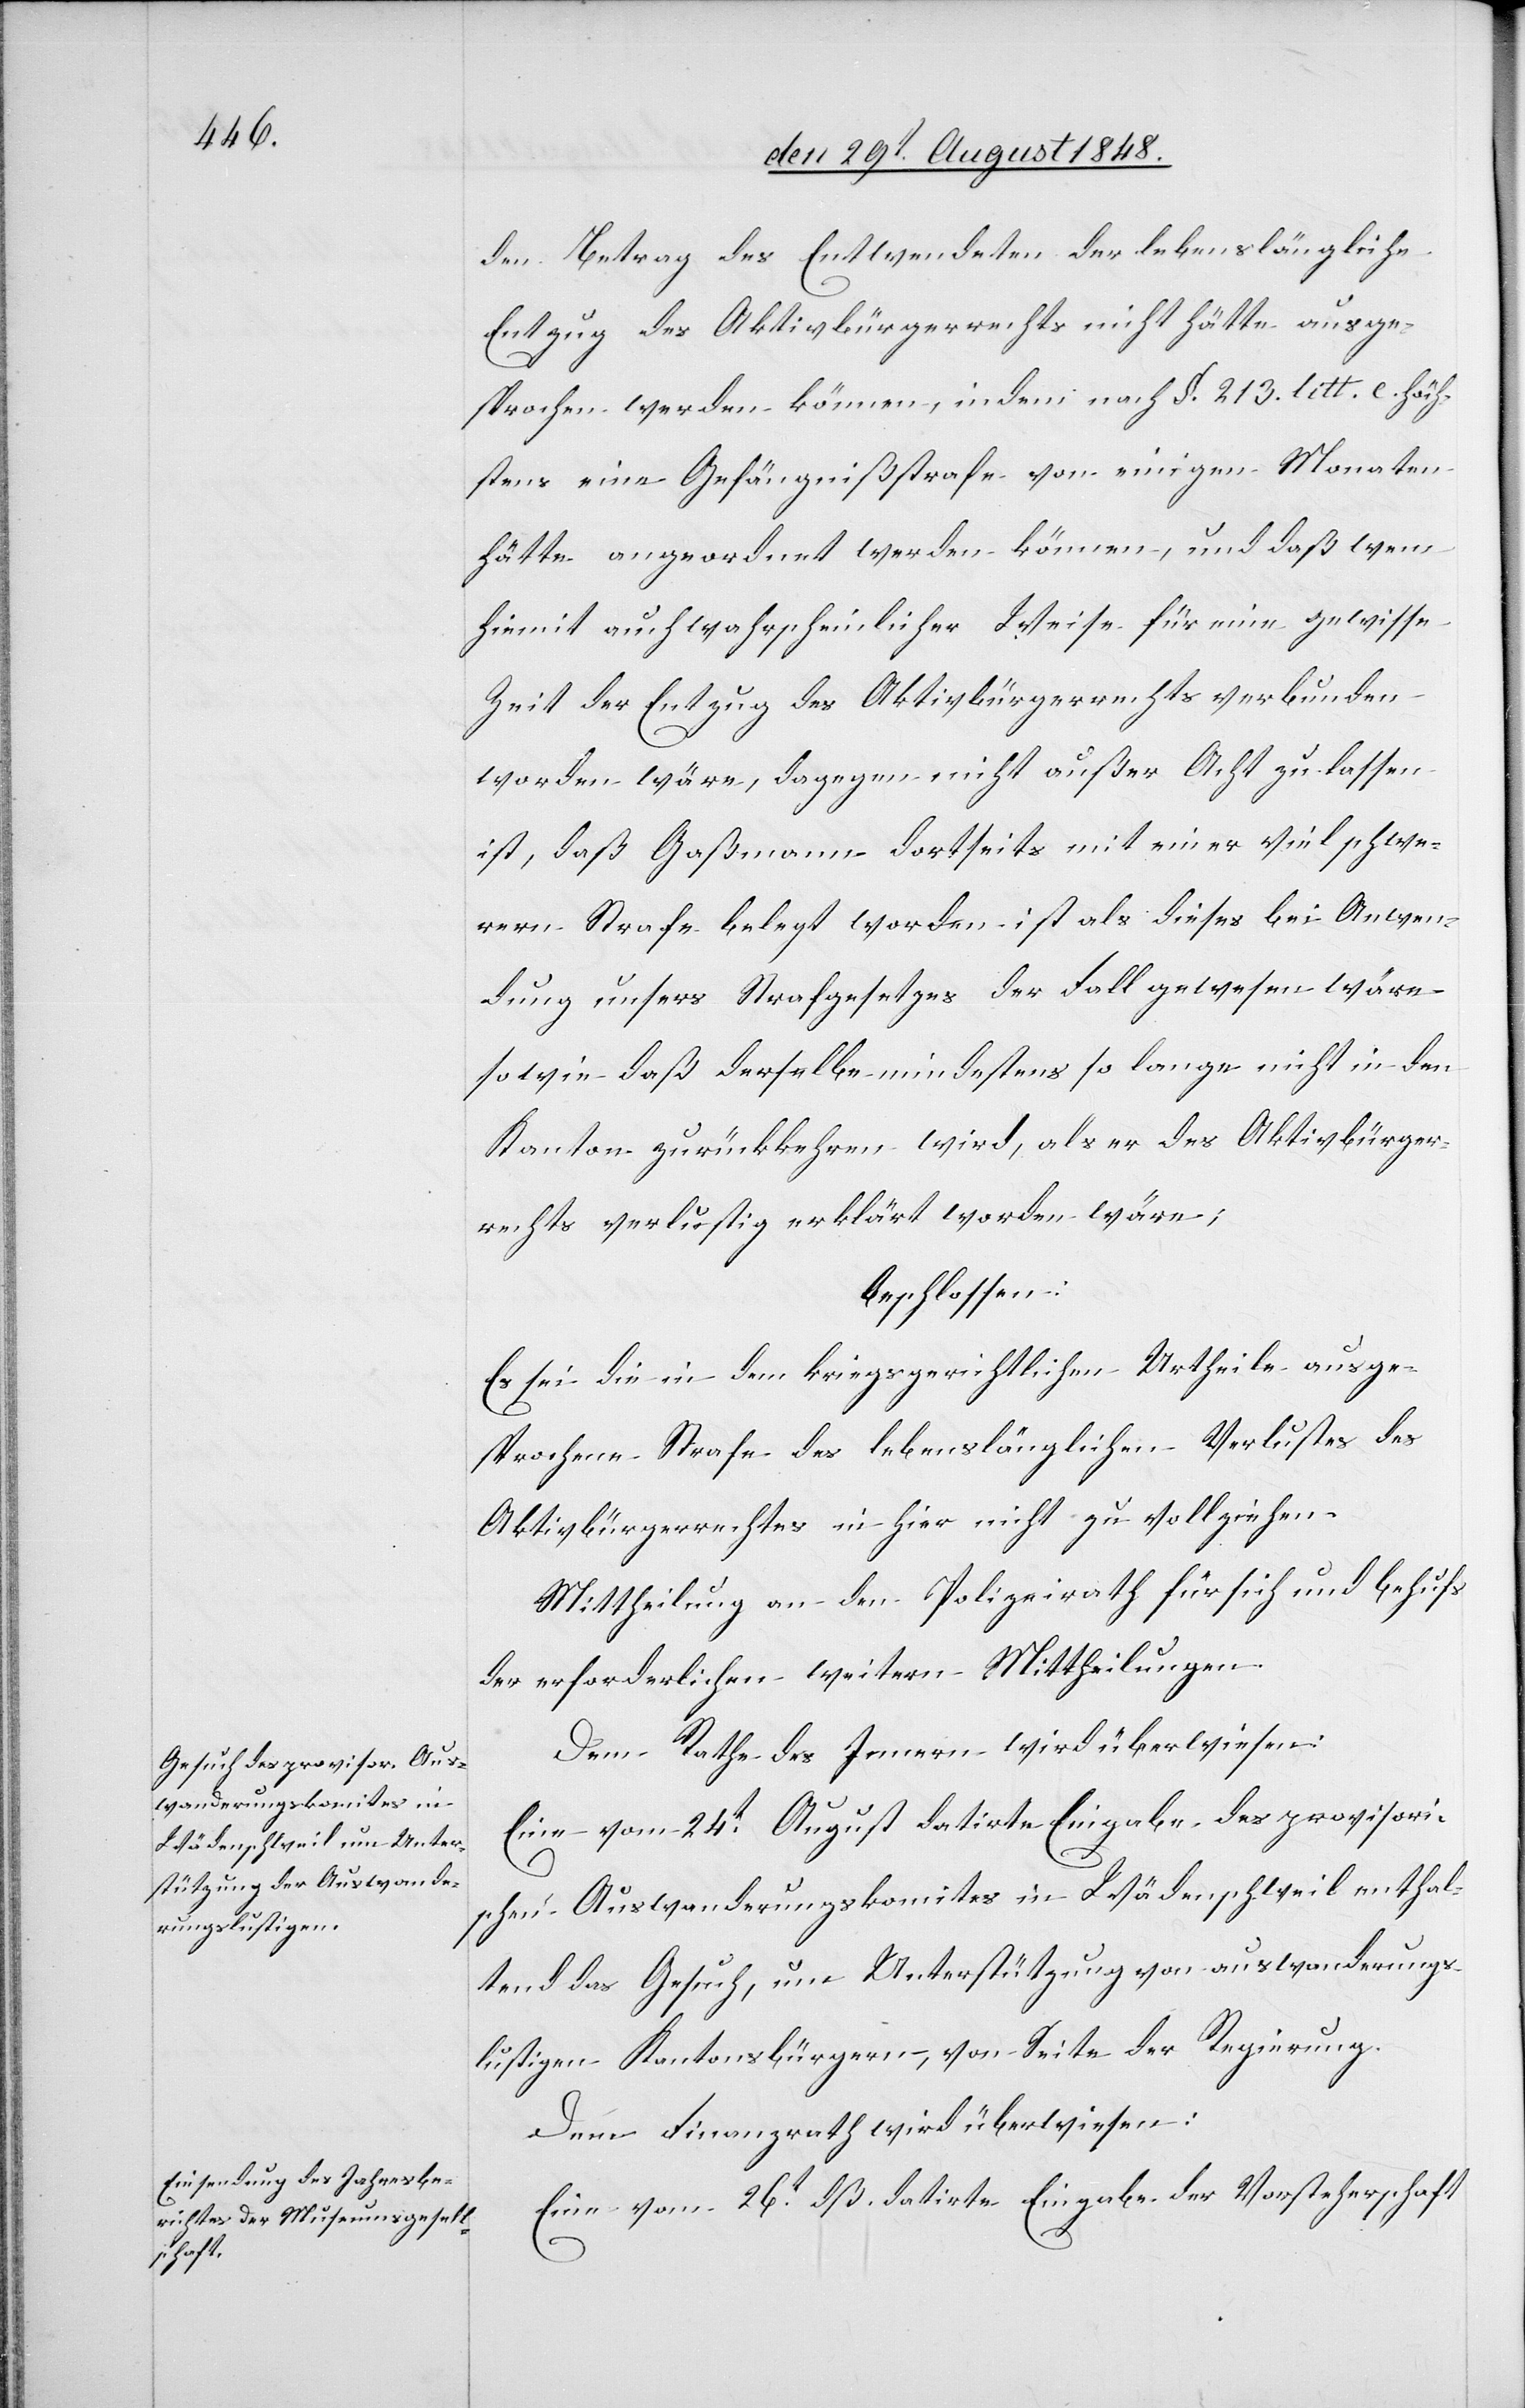
den Betrag des Entwendeten der lebenslängliche
Entzug des Aktivbürgerrechts nicht hätte ausge¬
sprochen werden können, indem nach §. 213. litt. c. höch¬
stens eine Gefängnißstrafe von einigen Monaten
hätte angeordnet werden können, und daß wenn
hiemit auch wahrscheinlicher Weise für eine gewisse
Zeit der Entzug des Aktivbürgerrechts verbunden
worden wäre, dagegen nicht außer Acht zu lassen
ist, daß Gaßmann dortseits mit einer viel schwe¬
rern Strafe belegt worden ist als dieses bei Anwen¬
dung unsers Strafgesetzes der Fall gewesen wäre
sowie daß derselbe mindestens so lange nicht in den
Kanton zurückkehren wird, als er das Aktivbürger¬
recht verlustig erklärt worden wäre;
beschlossen:
Es sei die in dem kriegsgerichtlichen Urtheile ausge¬
sprochene Strafe des lebenslänglichen Verlustes des
Aktivbürgerrechtes in hier nicht zu vollziehen.
Mittheilung an den Polizeirath für sich und behufs
der erforderlichen weitern Mittheilungen.
Dem Rathe des Innern wird überwiesen:
Eine vom 24t August datirte Eingabe des provisori¬
schen Auswanderungskomites in Wädenschweil enthal¬
tend das Gesuch, um Unterstützung von auswanderungs¬
lustigen Kantonsbürgern, von Seite der Regierung.
Dem Finanzrath wird überwiesen:
Eine vom 26t dß. datirte Eingabe der Vorsteherschaft